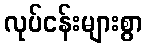
လုပ်ငန်းများစွာ